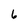
Character: 6